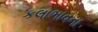
કલાભાવના